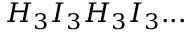
H _ { 3 } I _ { 3 } H _ { 3 } I _ { 3 } . . .